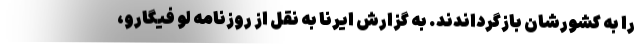
را به کشورشان بازگرداندند. به گزارش ایرنا به نقل از روزنامه لو فیگارو،